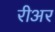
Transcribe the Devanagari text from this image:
रीअर